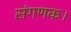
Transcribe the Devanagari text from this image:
संगणक।